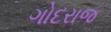
ગોદરાજ